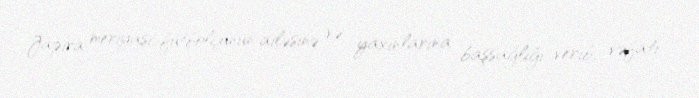
Japira meriyası futbolçunun ailəsinə və yaxınlarına başsağlığı verib, vəfatı